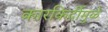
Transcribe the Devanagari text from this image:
कारकिर्दीमुळे